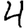
Digit: 4